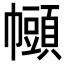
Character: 𫷒